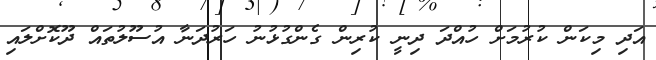
އަދި މިކަން ކުރުމަށް ހުއްދަ ދިނީ ކުރިން ގެންގުޅުނު ހަރުދަނާ އުސޫލުތައް ދޫކޮށްލައި